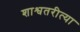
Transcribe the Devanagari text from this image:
शाश्वतरीत्या